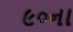
૯૦ના